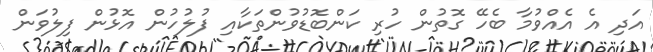
އަދި އެ އެއްވުމާ ބެހޭ ގޮތުން ހުރި ކަންބޮޑުވުންތަކާއި ފުލުހުން އޮޅުން ފިލުވަން